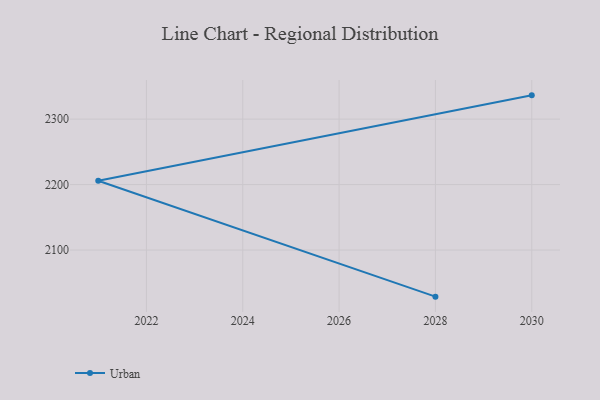
{"axis": {"x": "Year", "y": "Shipments"}, "legend": ["Urban"], "data": [{"x": "2028", "y": 2028.8, "type": "Urban"}, {"x": "2021", "y": 2205.8, "type": "Urban"}, {"x": "2030", "y": 2336.3, "type": "Urban"}]}